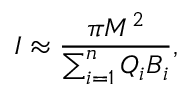
I \approx { \frac { \pi M ^ { 2 } } { \sum _ { i = 1 } ^ { n } { \cal Q } _ { i } { \cal B } _ { i } } } ,